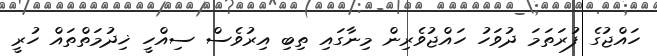
ހައްޖުގެ ފުރަތަމަ ދުވަހު ހައްޖުވެރިން މިނާގައި ތިބި އިރުވެސް ސިއްހީ ޚިދުމަތްތައް ހުރީ